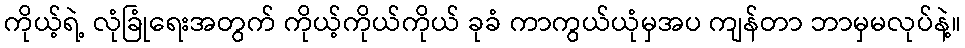
ကိုယ့်ရဲ့ လုံခြုံရေးအတွက် ကိုယ့်ကိုယ်ကိုယ် ခုခံ ကာကွယ်ယုံမှအပ ကျန်တာ ဘာမှမလုပ်နဲ့။